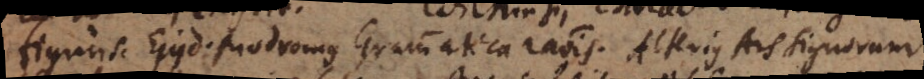
figuris. Ejusd. prodromus Grammatica rationis. Alterius Ars signorum